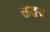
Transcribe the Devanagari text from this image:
क्तद्वद्म